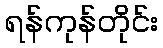
ရန်ကုန်တိုင်း